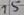
Text: 15